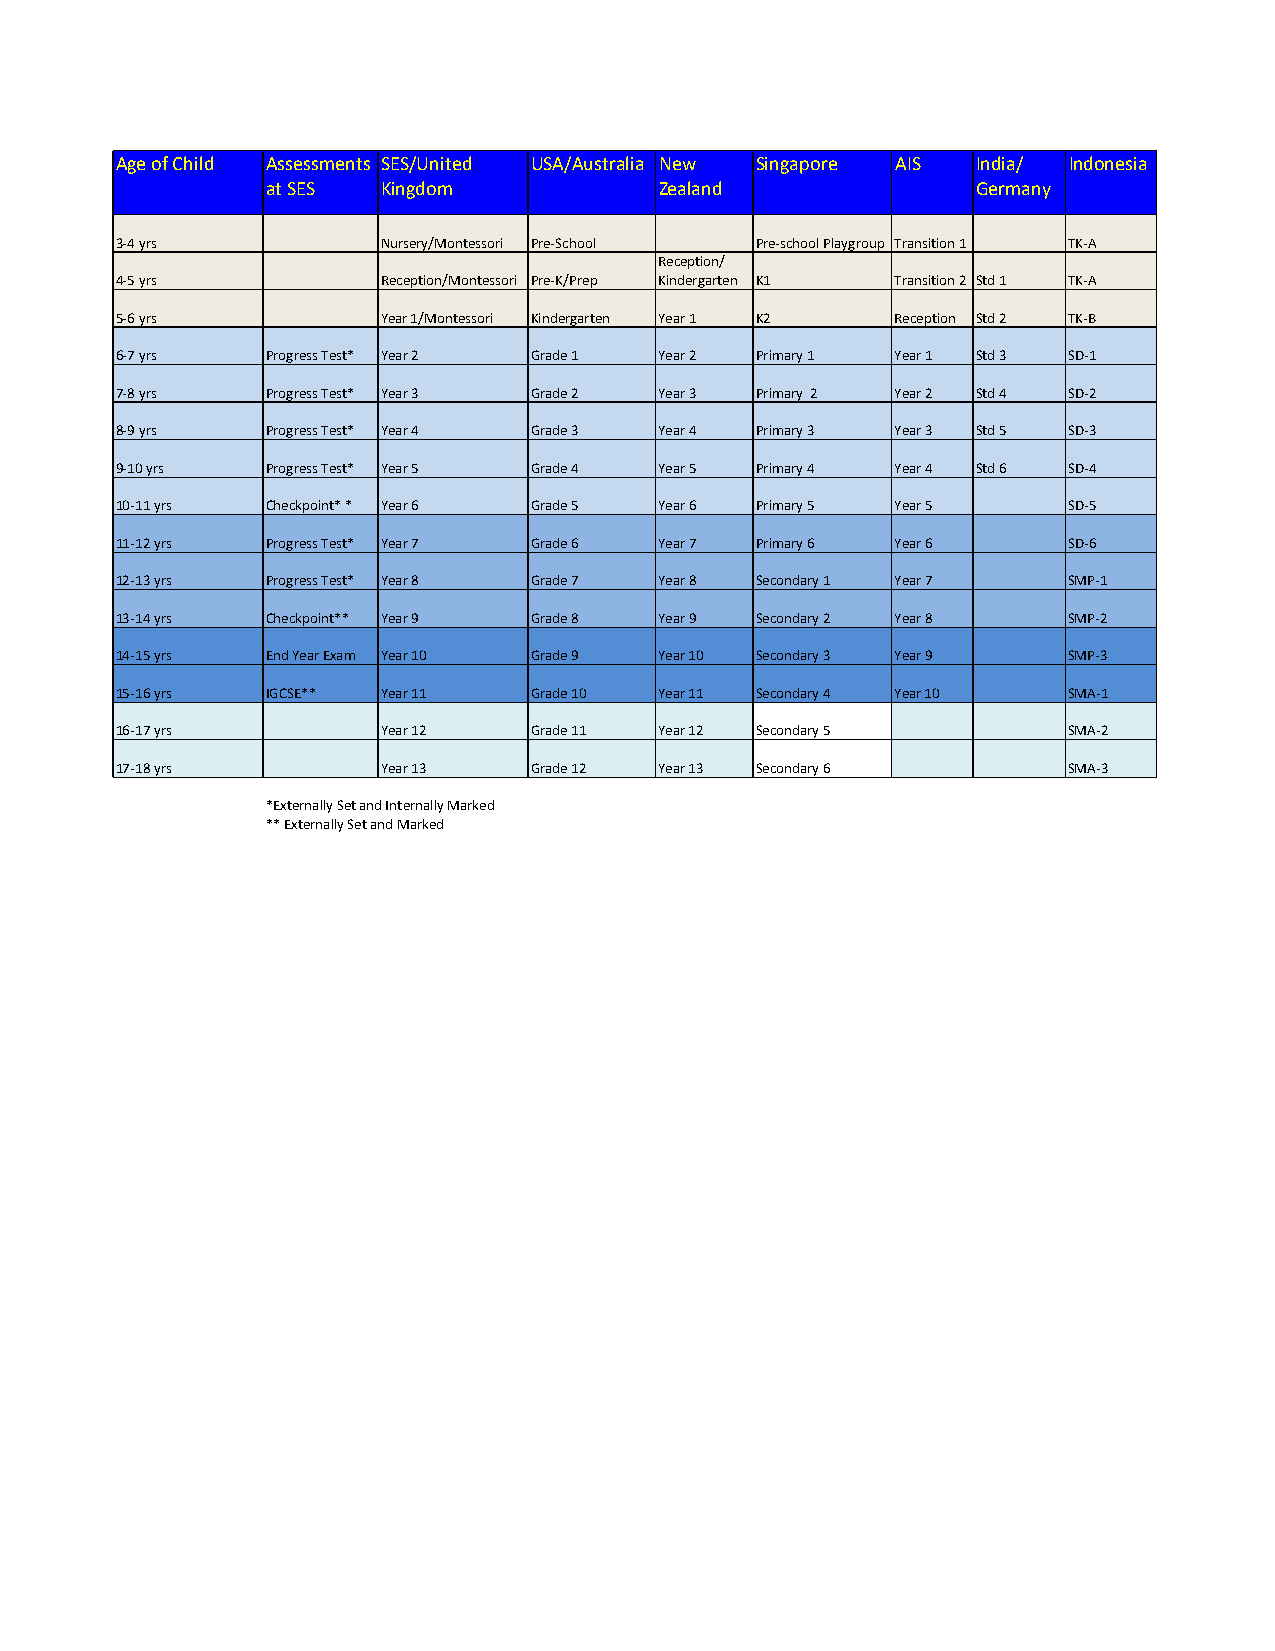
Age of Child Assessments SES/United USA/Australia New Singapore AIS India/ Indonesia
 at SES Kingdom            Zealand              Germany
 3-4 yrs          Nursery/Montessori Pre-School Pre-school Playgroup Transition 1 TK-A
 Reception/
 4-5 yrs          Reception/Montessori Pre-K/Prep Kindergarten K1 Transition 2 Std 1 TK-A
 5-6 yrs          Year 1/Montessori Kindergarten Year 1 K2 Reception Std 2 TK-B
 6-7 yrs   Progress Test* Year 2 Grade 1 Year 2 Primary 1 Year 1 Std 3 SD-1
 7-8 yrs   Progress Test* Year 3 Grade 2 Year 3 Primary 2 Year 2 Std 4 SD-2
 8-9 yrs   Progress Test* Year 4 Grade 3 Year 4 Primary 3 Year 3 Std 5 SD-3
 9-10 yrs  Progress Test* Year 5 Grade 4 Year 5 Primary 4 Year 4 Std 6 SD-4
 10-11 yrs Checkpoint* * Year 6 Grade 5 Year 6 Primary 5 Year 5 SD-5
 11-12 yrs Progress Test* Year 7 Grade 6 Year 7 Primary 6 Year 6 SD-6
 12-13 yrs Progress Test* Year 8 Grade 7 Year 8 Secondary 1 Year 7 SMP-1
 13-14 yrs Checkpoint** Year 9 Grade 8 Year 9 Secondary 2 Year 8 SMP-2
 14-15 yrs End Year Exam Year 10 Grade 9 Year 10 Secondary 3 Year 9 SMP-3
 15-16 yrs IGCSE** Year 11  Grade 10 Year 11 Secondary 4 Year 10 SMA-1
 16-17 yrs        Year 12   Grade 11 Year 12 Secondary 5        SMA-2
 17-18 yrs        Year 13   Grade 12 Year 13 Secondary 6        SMA-3
 *Externally Set and Internally Marked
 ** Externally Set and Marked